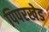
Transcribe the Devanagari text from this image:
पिपरखेड